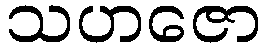
သဟဇော